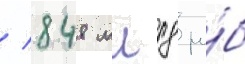
/ 848 млрд ру́б